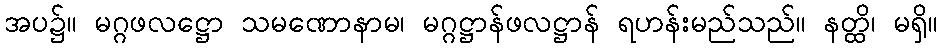
အပ၌။ မဂ္ဂဖလဋ္ဌော သမဏောနာမ၊ မဂ္ဂဋ္ဌာန်ဖလဋ္ဌာန် ရဟန်းမည်သည်။ နတ္ထိ၊ မရှိ။